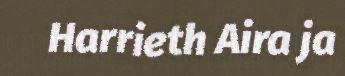
Harrieth Aira ja